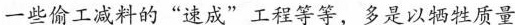
一些偷工减料的”速成”工程等等，多是以牺牲质量